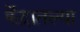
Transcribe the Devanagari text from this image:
केंद्रातल्या